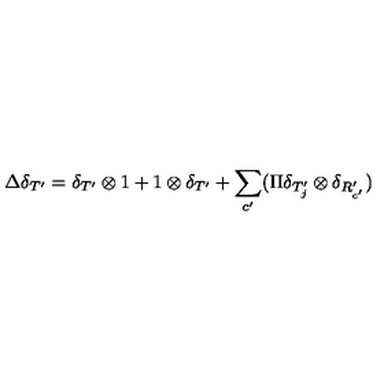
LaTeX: \Delta \delta _ { T ^ { \prime } } = \delta _ { T ^ { \prime } } \otimes 1 + 1 \otimes \delta _ { T ^ { \prime } } + \sum _ { c ^ { \prime } } ( \Pi \delta _ { T _ { j } ^ { \prime } } \otimes \delta _ { R _ { c ^ { \prime } } ^ { \prime } } )